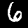
Label: 6